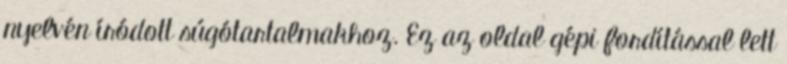
nyelvén íródott súgótartalmakhoz. Ez az oldal gépi fordítással lett